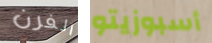
الفرن أسبوزيتو